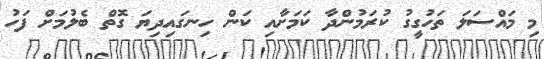
މި މައްސަލަ ތަހުގީގު ކުރަމުންދާ ކަމަށާއި ކަން ހިނގައިދިޔަ ގޮތް ބެލުމަށް ފަހު